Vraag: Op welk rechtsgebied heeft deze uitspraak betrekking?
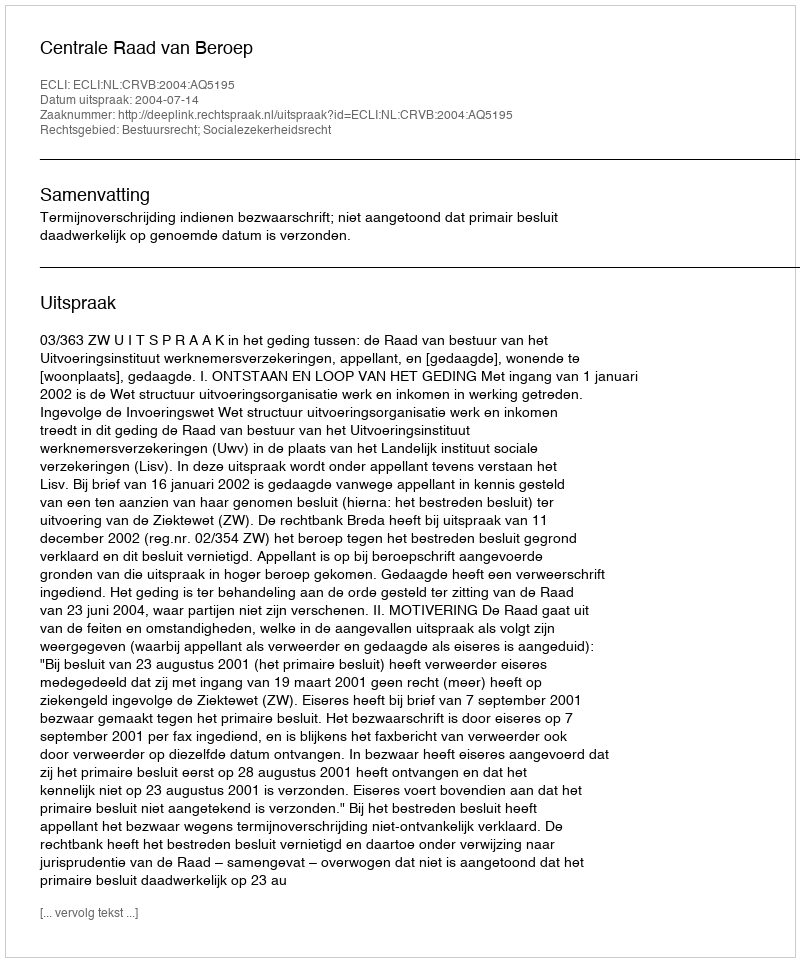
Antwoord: Bestuursrecht; Socialezekerheidsrecht